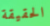
الحقيقة